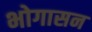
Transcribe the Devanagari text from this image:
भोगासन